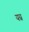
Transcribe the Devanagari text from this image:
यग्न